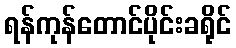
ရန်ကုန်တောင်ပိုင်းခရိုင်